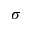
\sigma